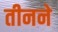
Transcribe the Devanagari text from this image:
तीनने